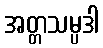
အတ္တသမ္ပဒါ